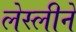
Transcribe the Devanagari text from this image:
लेस्‍लीने